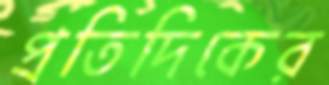
প্রতিদিকের